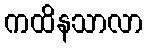
ကထိနသာလာ